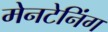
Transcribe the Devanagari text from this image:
मेनटेनिंग